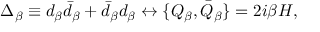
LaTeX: \Delta _ { \beta } \equiv d _ { \beta } \bar { d } _ { \beta } + \bar { d } _ { \beta } d _ { \beta } \leftrightarrow \{ Q _ { \beta } , \bar { Q } _ { \beta } \} = 2 i \beta { \cal H } ,